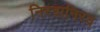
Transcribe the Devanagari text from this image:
निरवानिरव